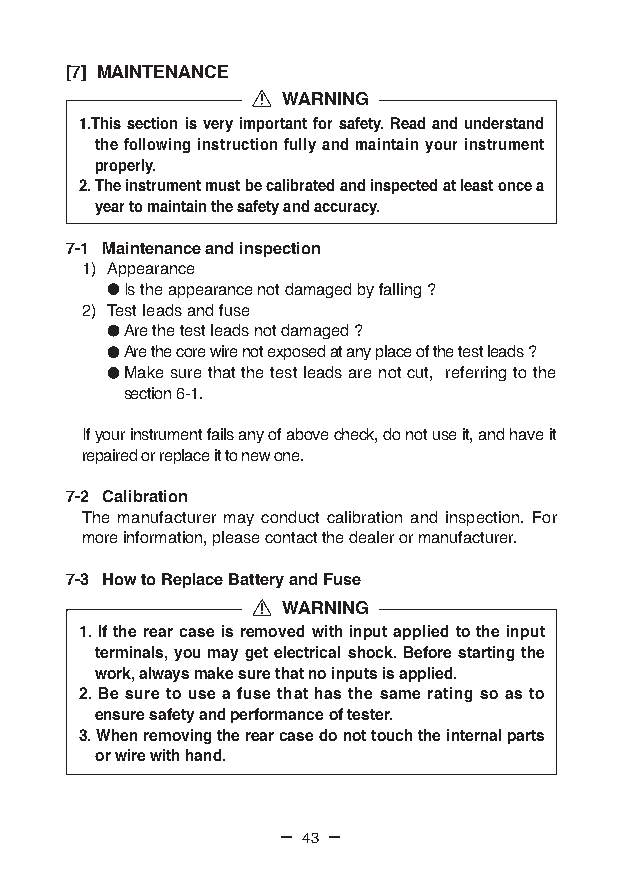
[7] MAINTENANCE
 WARNING
 1.This section is very important for safety. Read and understand
 the following instruction fully and maintain your instrument
 properly.
 2. The instrument must be calibrated and inspected at least once a
 year to maintain the safety and accuracy.
 7-1 Maintenance and inspection
 1) Appearance
 Is the appearance not damaged by falling ?
 2) Test leads and fuse
 Are the test leads not damaged ?
 Are the core wire not exposed at any place of the test leads ?
 Make sure that the test leads are not cut, referring to the
 section 6-1.
 If your instrument fails any of above check, do not use it, and have it
 repaired or replace it to new one.
 7-2 Calibration
 The manufacturer may conduct calibration and inspection. For
 more information, please contact the dealer or manufacturer.
 7-3 How to Replace Battery and Fuse
 WARNING
 1. If the rear case is removed with input applied to the input
 terminals, you may get electrical shock. Before starting the
 work, always make sure that no inputs is applied.
 2. Be sure to use a fuse that has the same rating so as to
 ensure safety and performance of tester.
 3. When removing the rear case do not touch the internal parts
 or wire with hand.
 — 43 —